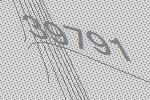
39791